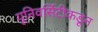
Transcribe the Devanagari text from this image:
यूनिवर्सिटीकडून